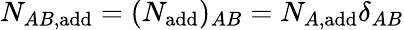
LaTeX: N_{AB,\mathrm{add}}=(N_{\mathrm{add}})_{AB}=N_{A,\mathrm{add}}\delta_{AB}